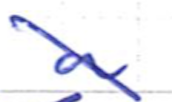
Text: a
Cross-out: diagonal
Writing tool: ballpoint